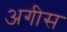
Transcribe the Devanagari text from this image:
अगीस